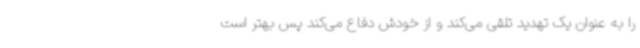
را به عنوان یک تهدید تلقی می‌کند و از خودش دفاع می‌کند پس بهتر است